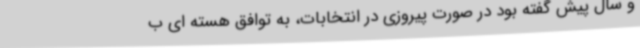
و سال پیش گفته بود در صورت پیروزی در انتخابات، به توافق هسته ای ب